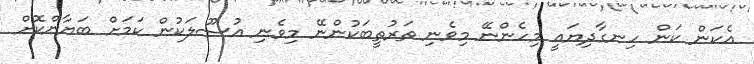
އެކަން ކަން ހިނގާދިޔައީ މިހެންނޭ މިވެނި ތަރުތީބަކުންނޭ މިވެނި އުސޫލަކުން ކަމަށް ބަޔާންކޮށް